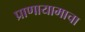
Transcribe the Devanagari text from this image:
प्राणायामाचा